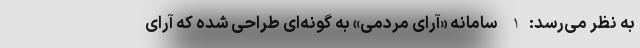
به نظر می‌رسد: 1- سامانه «آرای مردمی» به‌ گونه‌ای طراحی شده که آرای